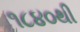
૧૮૪૦થી